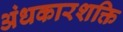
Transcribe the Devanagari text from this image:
अंधकारशक्ति